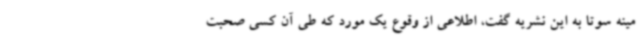
مینه سوتا به این نشریه گفت، اطلاعی از وقوع یک مورد که طی آن کسی صحبت